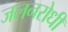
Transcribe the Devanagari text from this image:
जलनरोधी